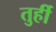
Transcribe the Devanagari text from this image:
तुर्ही